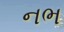
નભ